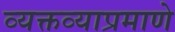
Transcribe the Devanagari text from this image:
व्यक्तव्याप्रमाणे